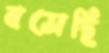
বসেছি